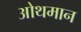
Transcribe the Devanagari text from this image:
ओथमान